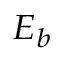
\scriptstyle { E _ { b } }